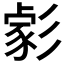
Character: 𢒪